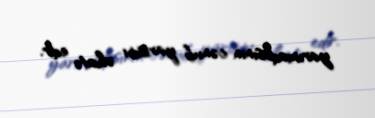
yarımadasının cənub yarısını əhatə edir.